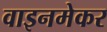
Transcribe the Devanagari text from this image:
वाइनमेकर